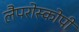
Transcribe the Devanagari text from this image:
लैपरोस्कोपी